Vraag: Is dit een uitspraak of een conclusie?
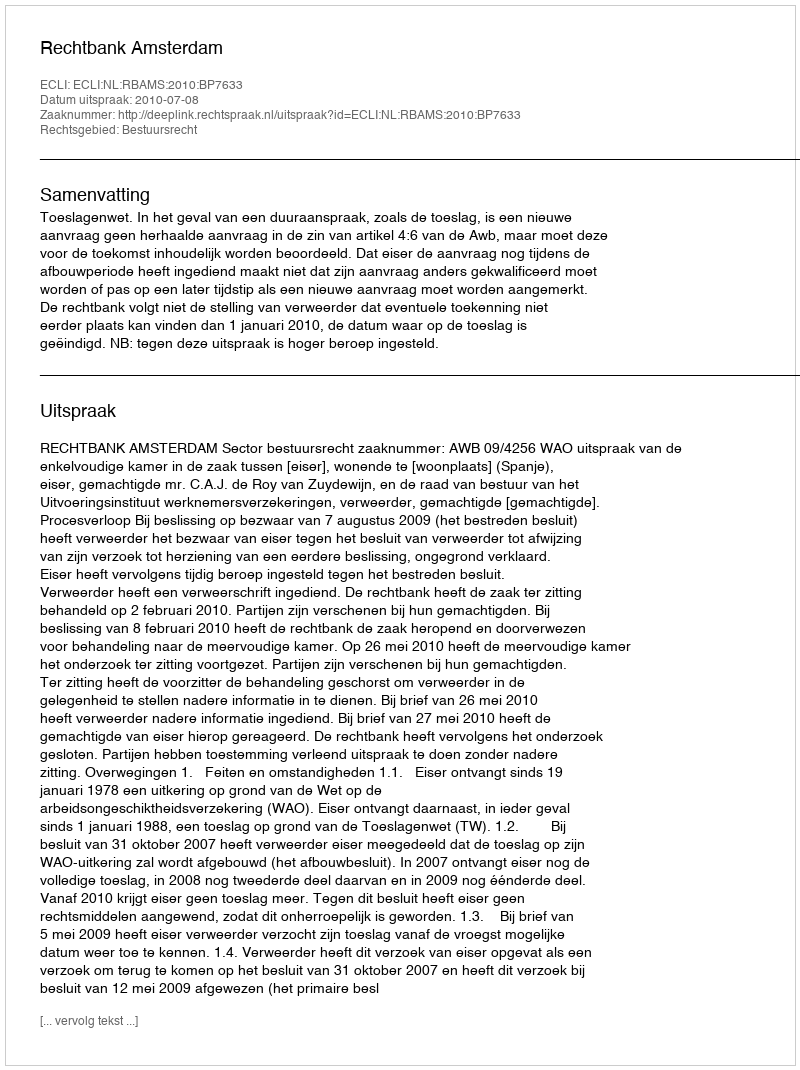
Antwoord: Uitspraak